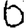
Digit: 6